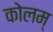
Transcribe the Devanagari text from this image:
कोलम्